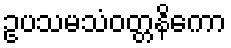
ဥပသမသံဝတ္တနိကော